Supplement to the account of plague administration in the Bombay Presidency from September 1896 till May 1897
Year: 1896
Disease focus: Plague
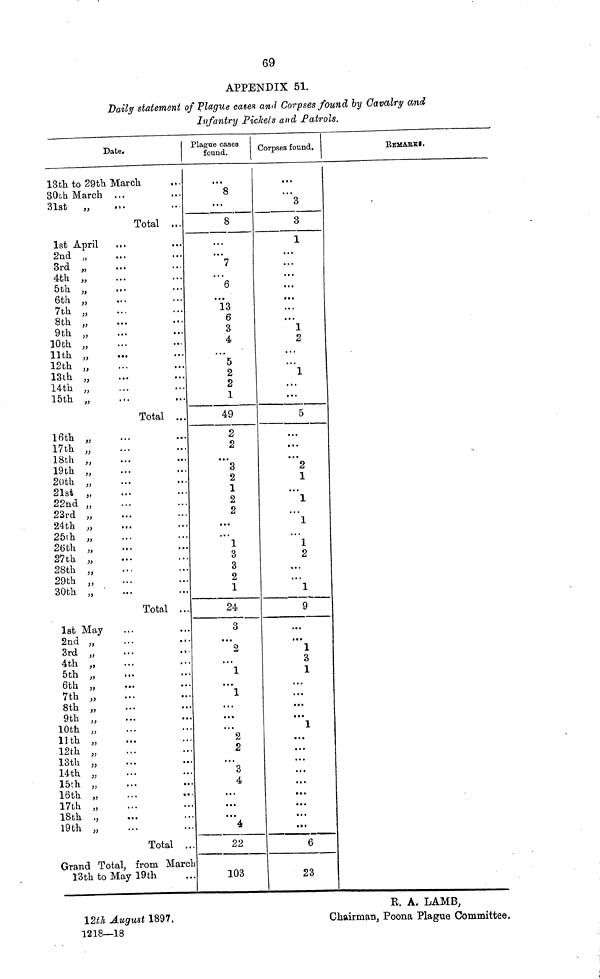
69
APPENDIX 51.
Daily statement of plague eases and Corpses found by Cavalry and
Infantry Pickets and Patrols.
Date.
13th to 29th March
30th March ...
31st
,,
,,
Total ...
1st April
...
...
2nd „
3rd „
4th ,,
5th „
6th „
7th „
8th ,,
...
...
9th „
10th „
11th „
12th „
13th „
14th „
15th „
Total ...
16th „
17th „
18th „
19th „
20th „
21st „
22nd „
23rd „
24th „
25th ,,
26th „
27th „
28th ,,
29th „
30th „
Total ...
1st May
2nd „
3rd
,,
• •
• • •
4th „
5th „
6th
,,
...
••
7th „
8th „
9th „
10th „
13th „
12th „
13th „
14th „
15th „
16th „
...
•••
17th „
18th .,
19th „
Total ...
Grand Total, from March
13th to May 19th
Plague cases
found.
< • •
8
...
8
• •
• ••
7
...
6
...
13
6
3
4
..,
5
2
2
1
49
2
2
...
3
2
1
2
2
•
•
1
3
3
2
1
24
3
• •»
2
...
1
...
1
...
...
...
2
2
...
3
4
a . •
...
...
4
22
103
Corpses found.
...
...
3
3
1
...
...
...
...
•.
•
...
1
2
• • •
...
1
...
•..
5
...
• • •
• • •
2
1
...
1
...
1
...
1
2
...
...
1
9
...
...
1
3
1
...
...
...
...
1
• a.
a ••
...
...
...
• •
...
«••
*••
6
23
REMARKS.
B. A. LAMB,
12th August 1897.
Chairman, Poona Plague Committee.
1218—18